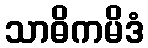
သာဓိကမိဒံ